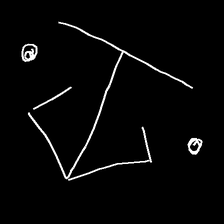
Glyph: earth